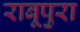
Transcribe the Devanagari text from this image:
राबूपुरा